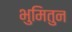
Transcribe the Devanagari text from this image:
भुमितुन